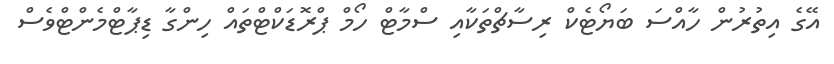
އޭގެ އިތުރުން ހާއްސަ ބަޔޯޓެކް ރިސާޗްތަކާއި ސްމާޓް ހޯމް ޕްރޮޑަކްޓްތައް ހިންގާ ޑިޕާޓްމެންޓްވެސް